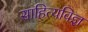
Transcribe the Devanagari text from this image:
साहित्यविज्ञ